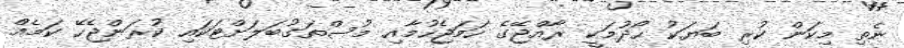
ނެތި މިކަން ކުރި ބަޔަކު ހޯދުމަކީ ރާއްޖޭގެ ހަމަޖެހުމާއި މުސްތަގުބަލަށްޓަކައި ކުރަންޖެހޭ ކަމެއް